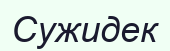
Сужидек